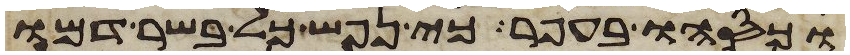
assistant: וכסהו בעפר כי נפש כל בשר דמו